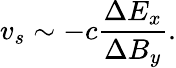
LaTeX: v_{s}\sim-c\frac{\Delta E_{x}}{\Delta B_{y}}.